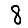
Digit: 8